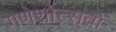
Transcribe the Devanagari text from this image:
गणेशोत्सवों